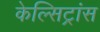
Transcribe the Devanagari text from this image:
केल्सिट्रांस